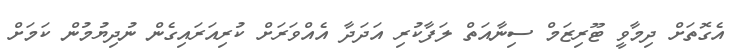
އެގޮތަށް ދިމާވީ ޓޫރިޒަމް ސިނާއަތް ލަފާކުރި އަދަދާ އެއްވަރަށް ކުރިއަރައިގެން ނުދިޔުމުން ކަމަށް